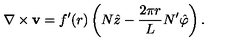
\nabla \times { \bf v } = f ^ { \prime } ( r ) \left( N \hat { z } - \frac { 2 \pi r } L N ^ { \prime } \hat { \varphi } \right) .